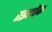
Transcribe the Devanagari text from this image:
एइटपैक